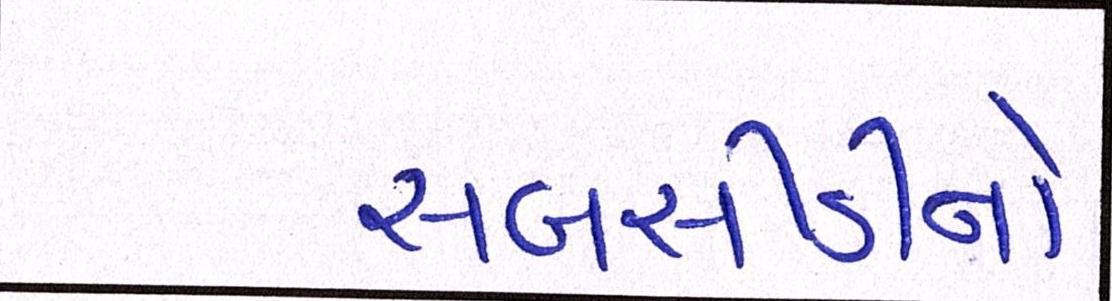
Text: સબસીડીનો